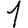
Digit: 1